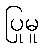
ပြုမူ